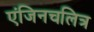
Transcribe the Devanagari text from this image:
एंजिनचलित्र